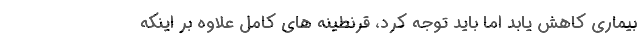
بیماری کاهش یابد اما باید توجه کرد، قرنطینه های کامل علاوه بر اینکه